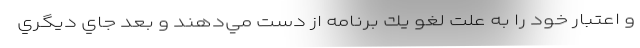
و اعتبار خود را به علت لغو يك برنامه از دست مي‌دهند و بعد جاي ديگري